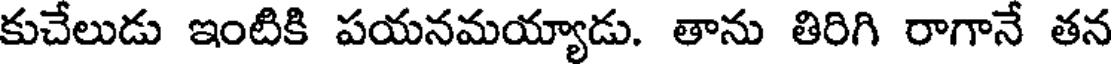
కుచేలుడు ఇంటికి పయనమయ్యాడు. తాను తిరిగి రాగానే తన